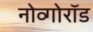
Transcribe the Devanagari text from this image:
नोव्गोरॉड